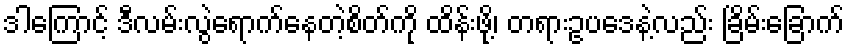
ဒါကြောင့် ဒီလမ်းလွဲရောက်နေတဲ့စိတ်ကို ထိန်းဖို့၊ တရားဥပဒေနဲ့လည်း ခြိမ်းခြောက်